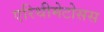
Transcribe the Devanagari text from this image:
एरिथीमेटोसस